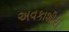
અવકાશીય